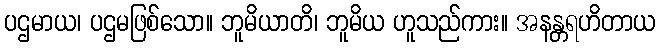
ပဌမာယ၊ ပဌမဖြစ်သော။ ဘူမိယာတိ၊ ဘူမိယ ဟူသည်ကား။ အနန္တရဟိတာယ